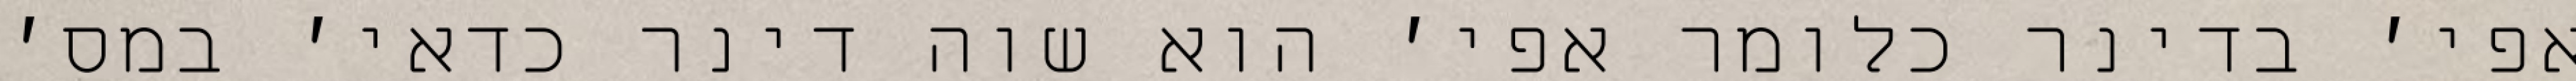
אפי׳ בדינר כלומר אפי׳ הוא שוה דינר כדאי׳ במס׳